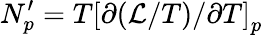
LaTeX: N_{p}^{\prime}=T\left[\partial(\mathcal{L}/T)/\partial T\right]_{p}